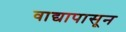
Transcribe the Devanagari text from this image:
वाद्यापासून